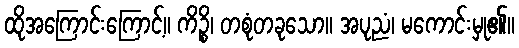
ထိုအကြောင်းကြောင့်။ ကိဉ္စိ၊ တစုံတခုသော။ အပုညံ၊ မကောင်းမှု၏။